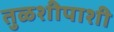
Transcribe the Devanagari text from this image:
तुळशीपाशी